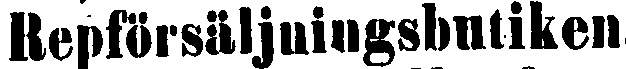
Repförsäljningsbutiken